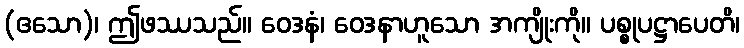
(ဧသော)၊ ဤဖဿသည်။ ဝေဒနံ၊ ဝေဒနာဟူသော အကျိုးကို။ ပစ္စုပဋ္ဌာပေတိ၊